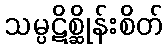
သမ္ပဋိစ္ဆိုန်းစိတ်